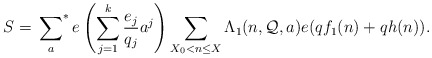
\begin{align*} S = \sideset{}{^*}\sum_a e \left( \sum_{j=1}^k \frac{ e_ j}{ q _ j} a^j \right) \sum_{X_0 <n \leq X} \Lambda_1(n,\mathcal{Q},a) e(qf_1(n)+ qh(n)).\end{align*}